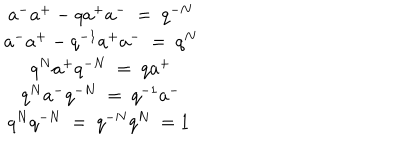
\begin{array} { c } { { a ^ { - } a ^ { + } - q a ^ { + } a ^ { - } ~ = ~ q ^ { - N } } } \\ { { a ^ { - } a ^ { + } - q ^ { - 1 } a ^ { + } a ^ { - } ~ = ~ q ^ { N } } } \\ { { q ^ { N } a ^ { + } q ^ { - N } ~ = ~ q a ^ { + } } } \\ { { q ^ { N } a ^ { - } q ^ { - N } ~ = ~ q ^ { - 1 } a ^ { - } } } \\ { { q ^ { N } q ^ { - N } ~ = ~ q ^ { - N } q ^ { N } ~ = 1 ~ } } \\ \end{array}